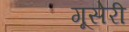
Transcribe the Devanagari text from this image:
गूसेरी